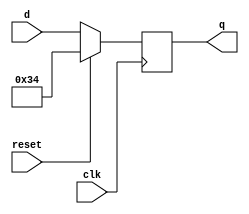
module top_module(
    input clk,
    input reset,
    input [7:0] d,
    output [7:0] q
);
    always@(negedge clk)begin
        if (reset==1)begin q<=8'h0x34;end
        else begin q<=d;end
    end
endmodule